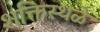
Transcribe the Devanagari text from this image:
शक्तिस्थळे